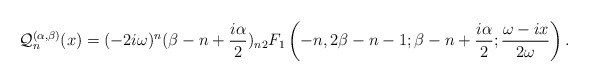
\begin{align*}\mathcal{Q}^{(\alpha,\beta)}_{n}(x)=(-2i\omega)^n(\beta-n+\frac{i\alpha}{2})_n{}_2 F_1\left(-n,2\beta-n-1; \beta-n+ \frac{i\alpha}{2}; \dfrac{\omega-ix}{2\omega}\right).\end{align*}